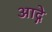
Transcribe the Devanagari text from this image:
आद्गे